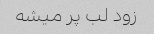
زود لب پر میشه